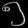
Digit: ၅